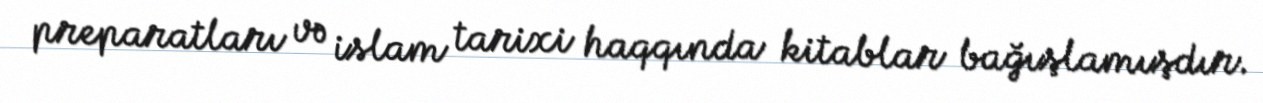
preparatları və islam tarixi haqqında kitablar bağışlamışdır.